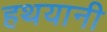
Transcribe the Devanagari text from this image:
हथयानी